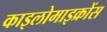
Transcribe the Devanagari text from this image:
काइलोमाइक्रोंस